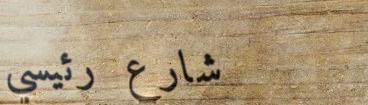
شارع رئيسي